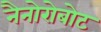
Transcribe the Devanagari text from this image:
नैनोरोबोट